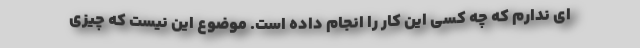
ای ندارم که چه کسی این کار را انجام داده است. موضوع این نیست که چیزی